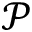
\mathcal { P }